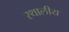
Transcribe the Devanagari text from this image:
स्थालीय